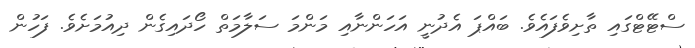
ސްޓޭޓްގައި ތާށިވެފައެވެ. ބައްޕަ އެދުނީ އަހަންނާއި މަންމަ ސަލާމަތް ހޯދައިގެން ދިއުމަށެވެ. ފަހުން